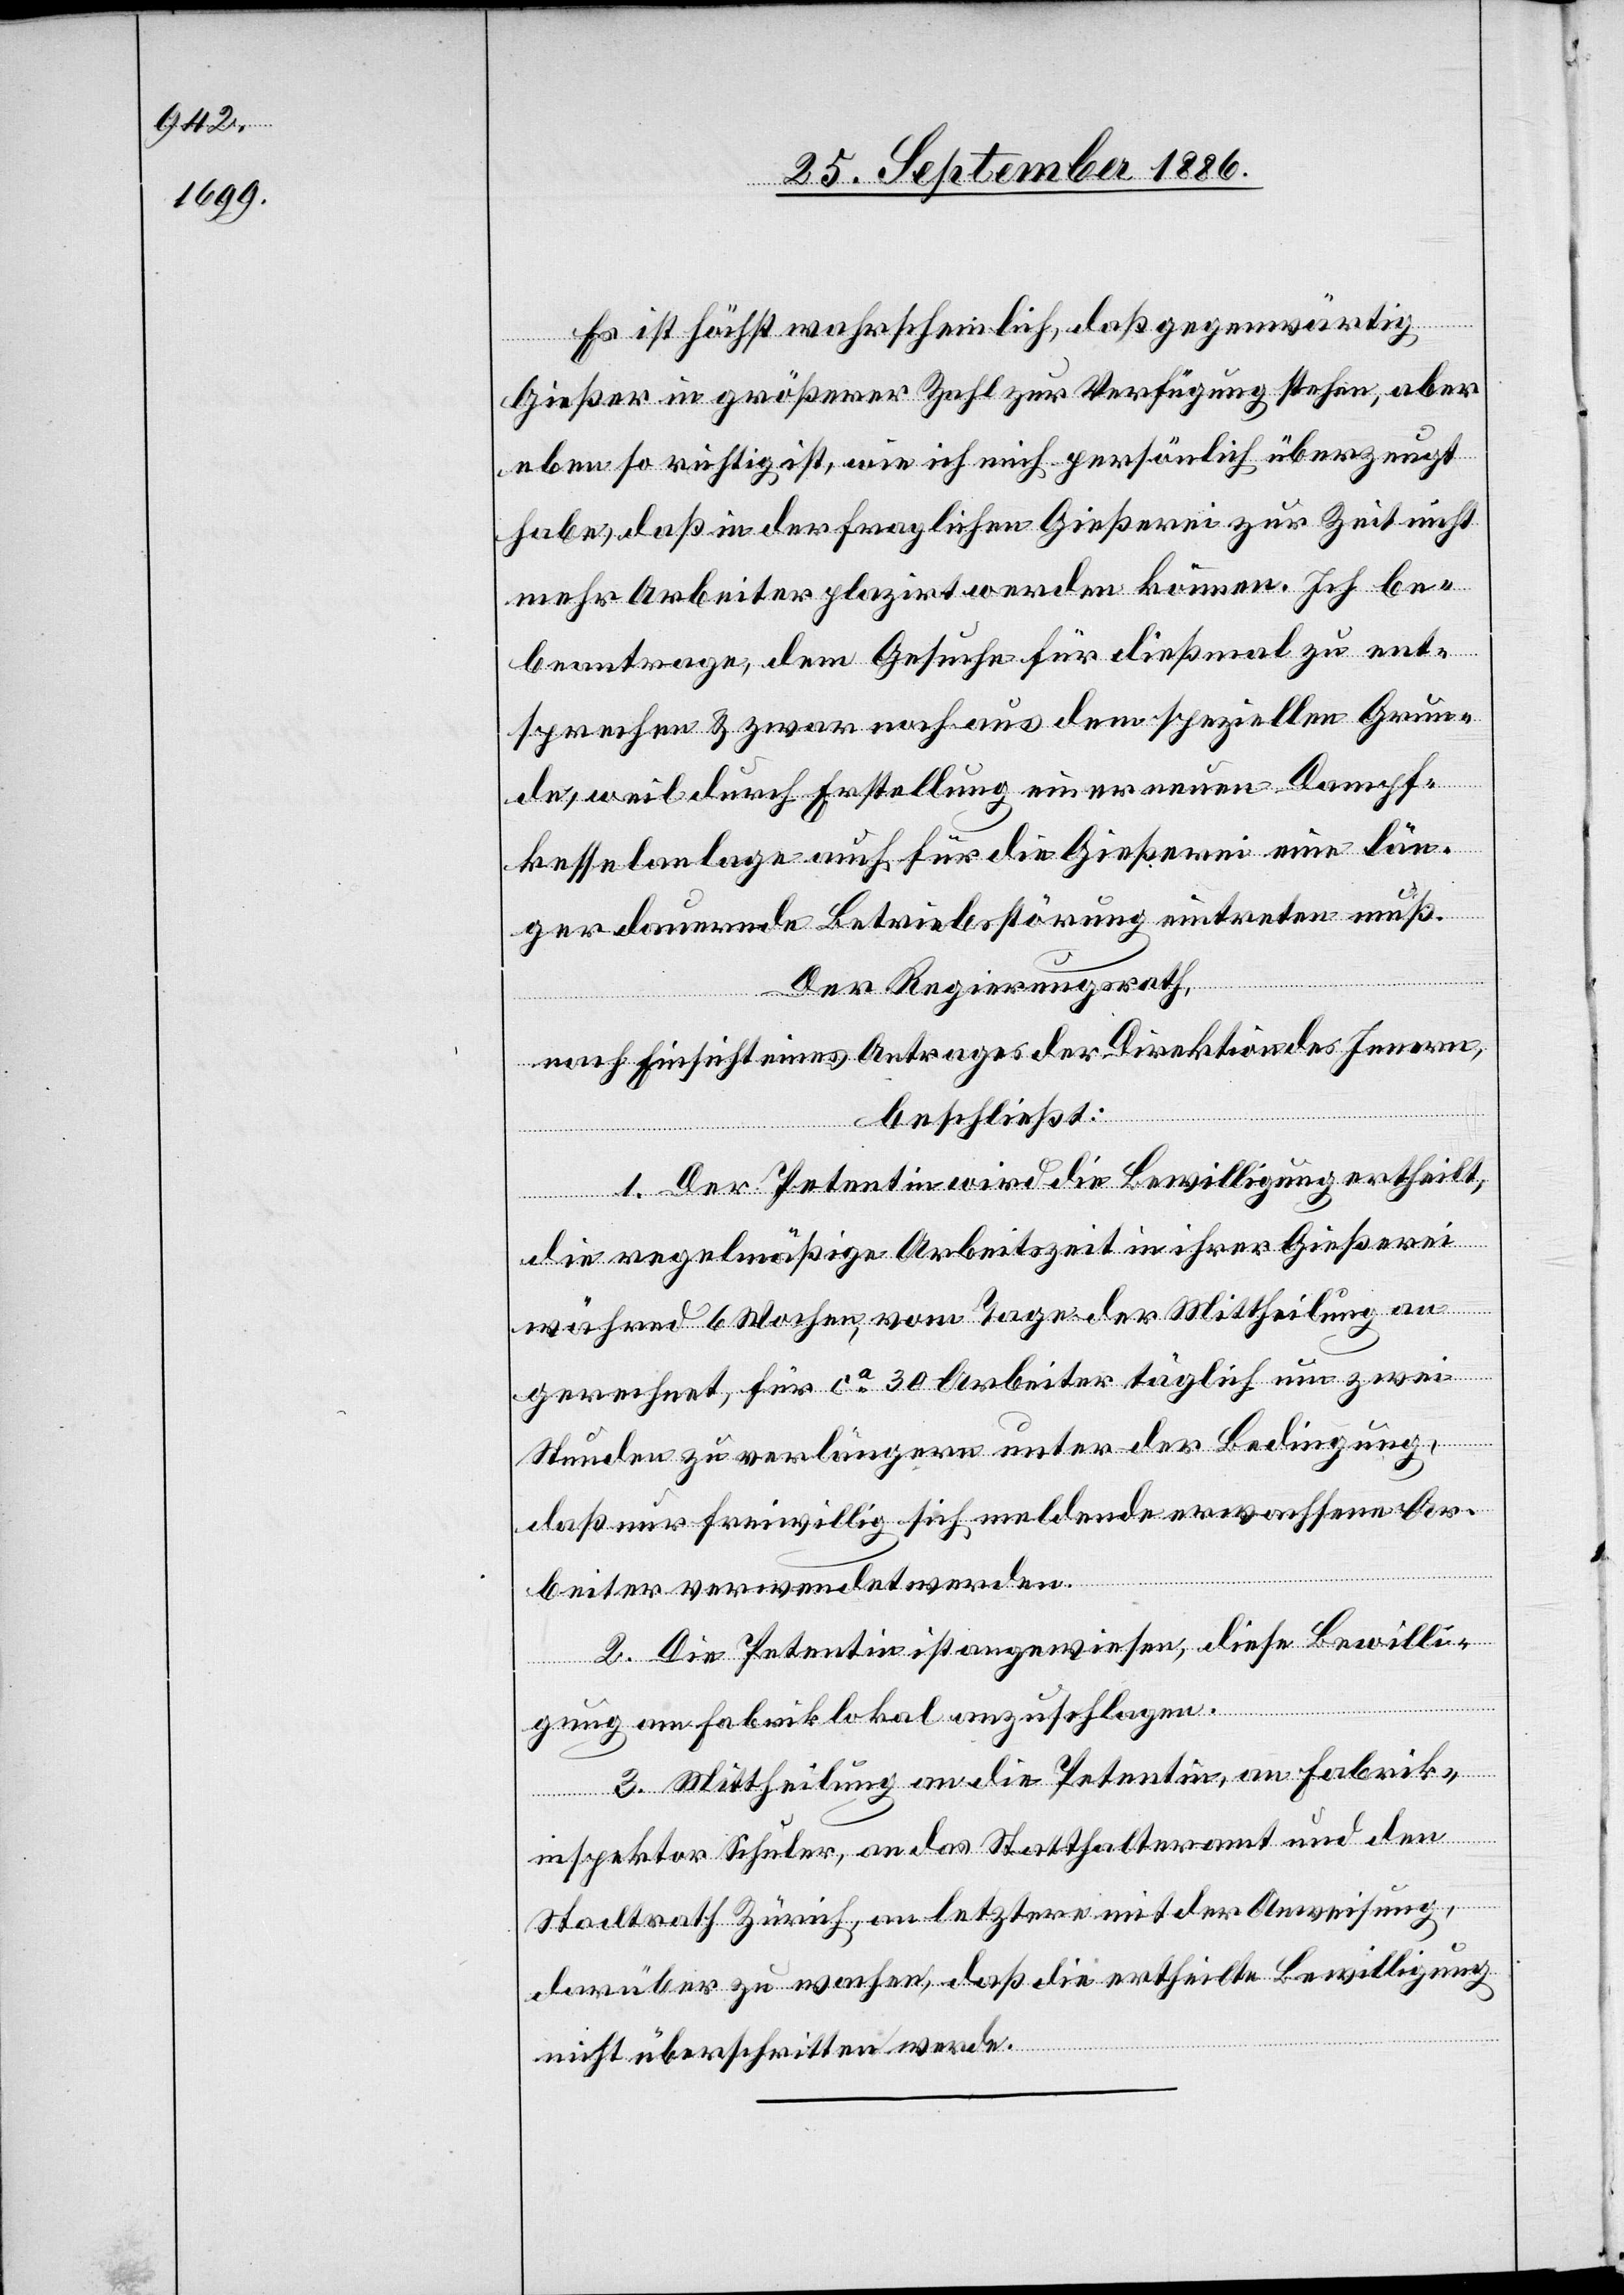
Es ist höchst wahrscheinlich, daß gegenwärtig
Gießer in größerer Zahl zur Verfügung stehen, aber
eben so richtig ist, wie ich mich persönlich überzeugt
habe, daß in der fraglichen Gießerei zur Zeit nicht
mehr Arbeiter plazirt werden können. Ich b¬
eantrage, dem Gesuche für dießmal zu ent¬
sprechen & zwar noch aus dem speziellen Grun¬
de, weil durch Erstellung einer neuen Dampf¬
kesselanlage auch für die Gießerei eine län¬
ger dauernde Betriebsstörung eintreten muß.
Der Regierungsrath,
nach Einsicht eines Antrages der Direktion des Innern,
beschließt:
1. Der Petentin wird die Bewilligung ertheilt,
die regelmäßige Arbeitszeit in ihrer Gießerei
während 6 Wochen, vom Tage der Mittheilung an
gerechnet, für ca 30 Arbeiter täglich um zwei
Stunden zu verlängern, unter der Bedingung,
daß nur freiwillig sich meldende erwachsene Ar¬
beiter verwendet werden.
2. Die Petentin ist angewiesen, diese Bewilli¬
gung am Fabriklokal anzuschlagen.
3. Mittheilung an die Petentin, an Fabrik¬
inspektor Schuler, an das Statthalteramt und den
Stadtrath Zürich, an letztere mit der Anweisung,
darüber zu wachen, daß die ertheilte Bewilligung
nicht überschritten werde.